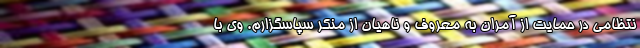
نتظامی در حمایت از آمران به معروف و ناهیان از منکر سپاسگزارم. وی با